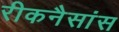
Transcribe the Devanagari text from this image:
रीकनैसांस